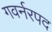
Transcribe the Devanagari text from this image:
गवर्नरपद